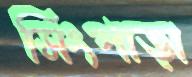
সিংপাড়া